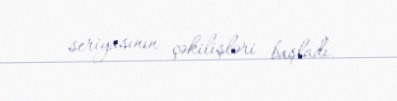
seriyasının çəkilişləri başladı.